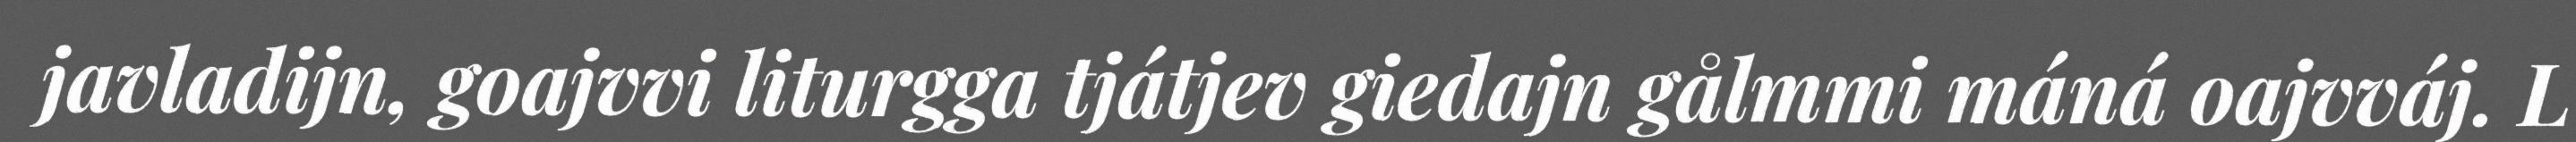
javladijn, goajvvi liturgga tjátjev giedajn gålmmi máná oajvváj. L